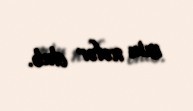
min nəfər olub.